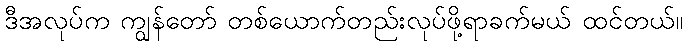
ဒီအလုပ်က ကျွန်တော် တစ်ယောက်တည်းလုပ်ဖို့ရာခက်မယ် ထင်တယ်။